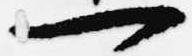
一